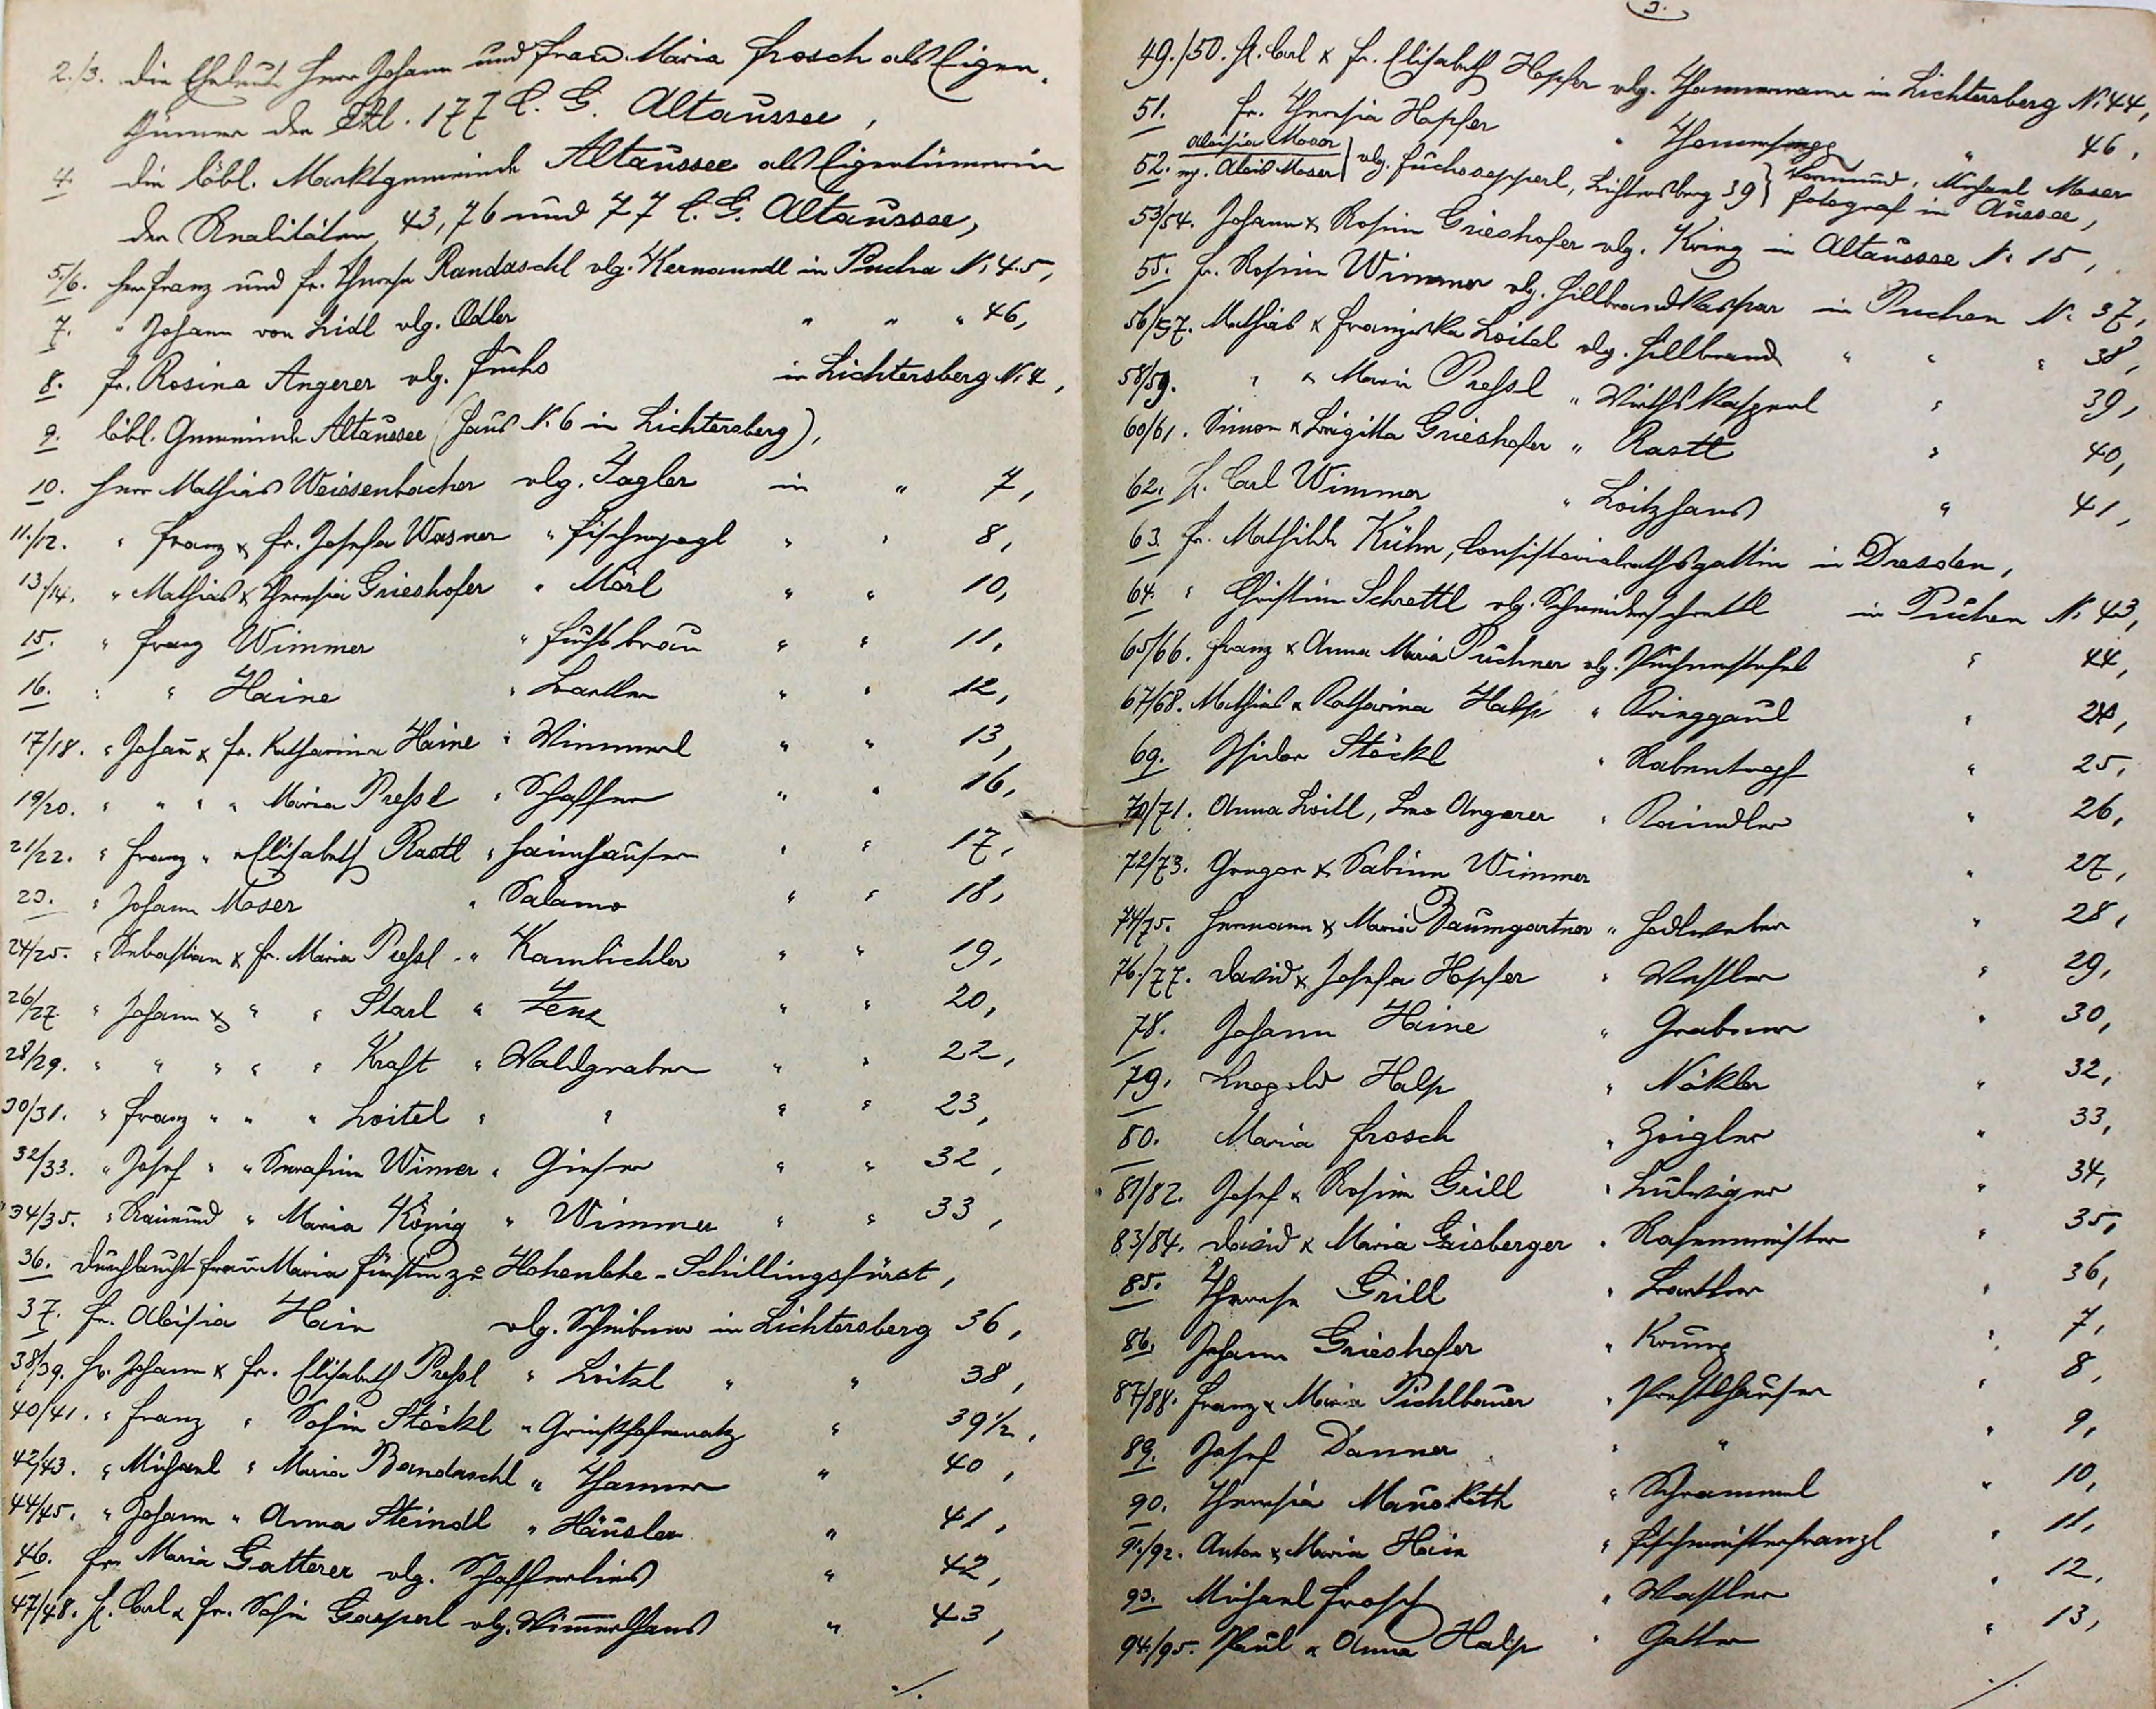
2./3. die Eheleute Herr Johann und Frau Maria Frosch als Eigen¬
      thümer der EZl. 177 L.B. Altaussee,
4   die löbl. Marktgemeinde Altaussee als Eigentümerin
     der Realitäten  43, 76 und 77 L.B. Altaussee,
5./6. Herr Franz und Fr. Therese Randaschl vlg. Kernanndl in Pucha N: 4.5,
7.    Herr Johann von Lidl vlg. Odler          "         "                   "                46,
8.    Fr. Rosina Angerer vlg. Fuchs                  in Lichtersberg N: 4,
9.    löbl. Gemeinde Altaussee (Haus N: 6 in Lichtersberg),
10. Herr Mathias Weissenbacher vlg. Jagler   in "   7,
11./12. "  Franz u. Fr. Josefa Wasner "  Fischerjogl "   "  8,
13./14  " Mathias u. Theresia         "       Märl    "    "   10,
15.      "  Franz Wimmer       "  Fuchs braun      "   "    11,
16.   "      "     Haine         "       Bartler           "     "       12,
17/18.   "   Johann u. Fr. Katharina Haine  "  Wimmerl "  " 13,
19/20.   "     "      "      "    Maria Prehsel     "   Schaffer  "  "  16,
21/22.   "  Franz "  "  Elisabeth Rastl  "  Haimhauser    "   "  17
20.        "   Johann Moser                      "   Salamo     "      "   18,
24/25. "  Sebastian u. Fr. Maria Pohsl  "  Kambichler "  "  19,
26/27.  " Johann u.      "       "     Itarl     "   Zenz           "   "  20,
28/29.  "     "        "      "       "     Kraft    "   Wahlgraber   "  "  22,
30/ 31. "  Franz  "       "      "       Loitel   "        "             "   "  23,
32/33.  "  Josef  "    "     Serafine Wimer  "   Gieser     "   "   32,
34/35.  "   Raimund  "  Maria  König      "    Wimmer    "   "  33,
36.    Durchlaucht Frau Maria Fürstin zu Hohenlohe - Schillingsfürst,
37.     Fr.   Aloisia   Hain                              vlg.  Scheibner in Lichtersberg 36,
38/39. Hr. Johann u. Fr. Elisabeth Prehsl  "     Loitzl            "         "            38,
40/41  "  Franz      "   Sofia Stöckl    "   Geinsthofernatz             "         39 1/2,
42/43. "  Michael  "   Maria Bandrachl  "  Thanner                    "          40,
44/45.  "  Johann  "  Anna Steindl        "   Häusler                      "           41,
46.    Fr. Maria Gatterer   vlg. Schafferlies                                  "       42,
47/48.  Hr. Carl u. Fr. Sofie Gaspal  vlg.  Wimmerlhansl          "       43,
./.

3.
49./50.  Hr. Carl u. Fr. Elisabeth Hopfer  vlg. Thawernane in Lichtersberg N: 44,
51.    Fr. Theresia  Hopfer                         "   Thomersegg             "                 46,
52. Aloisia Moser mj. Alois Moser vlg. Fuchssepperl, Lichtersberg 39 / Vormund, Michael Moser Fotograf in Aussee,
53/54.  Johann u. Rosina  Grieshofer vlg.  Krieg  in  Altausses N: 15,
55.         Fr. Rosina Wimmer  vlg. Hillbrandkaspar  in Puchen  N: 37,
56/57. Mathias u. Franziska Loital vlg. Hillbrand       "       "        "   38,
58/59.   "     "   Marian Prehsl   "   Wirthskasperl               "            39,
60/61.   Simon u. Brigitta   Grieshofer     "     Rastl           "            40,
62.       Hr.  Carl Wimma                           "    Loitzhans     "            41,
63.       Fr. Mathilde Kühn,  Consistorialrathsgattin  in Dresden,
64.        "   Christine Schrettl  vlg. Schneiderschrettl   in  Puchen  N: 43,
65/66.  Franz u.  Anna Maria Puchner  vlg. Puchnerstefel   "            44,
67/68.  Mathias u. Katharina  Halp         "        Krieggaul       "          24,
69.       Isidor Stöckl                               "        Rabentopf      "         25,
70/71.  Anna Loitl,  Leo Angerer           "       Kaindler           "         26,
72/73.  Gregor u.  Sabine Wimmer                                        "        27,
74/75.  Hermann u. Maria Baumgartner    "   Hodlweter        "        28,
76./77.  David  u. Josefa Hopfer             "       Westler          "        29,
78.    Johann  Heine                                 "      Grabner         "     30,
79.     Leopold  Halp                                "      Näkler             "      32,
50.     Maria Frosch                                  "     Zoigler             "       33,
82/82.   Joself  u. Rosina   Grill               "    Ludwiger          "     34,
83/84.   David  u.  Maria  Gisberger       "    Rasenmeister   "    35,
85.  Theresa  Grill                                   "      Lantler              "    36,
86.      Johann Grieshofer                       "    Krung                 "    7,
87/88. Franz  u. Marian Pichlbauer        "     Perstlhauser     "    8,
89.       Josef  Danner                             "             "               "      9,
90.       Theresia Mauskath                     "       Schrammel    "  10,
91./92.  Anton u. Maria Hain         "    Fischmeisterfranzl  "   11,
93.        Michael Frosch                             "        Wastler     "    12,
94./95  Paul u. Anna Halp (oder Halser)     "     Gatter      "   13.
%